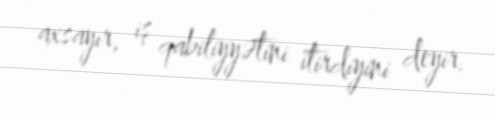
axsayır, iş qabiliyyətini itirdiyini deyir.